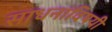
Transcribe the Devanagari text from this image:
साधनांविषयी